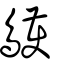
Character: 鸌